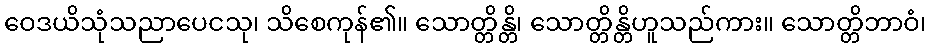
ဝေဒယိသုံသညာပေငသု၊ သိစေကုန်၏။ သောတ္တိန္တိ၊ သောတ္တိန္တိဟူသည်ကား။ သောတ္တိဘာဝံ၊